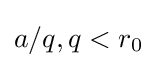
a/q,q<r_{0}